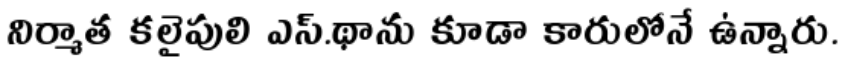
నిర్మాత కలైపులి ఎస్.థాను కూడా కారులోనే ఉన్నారు.